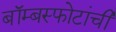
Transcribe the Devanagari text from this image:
बॉम्बस्फोटांची